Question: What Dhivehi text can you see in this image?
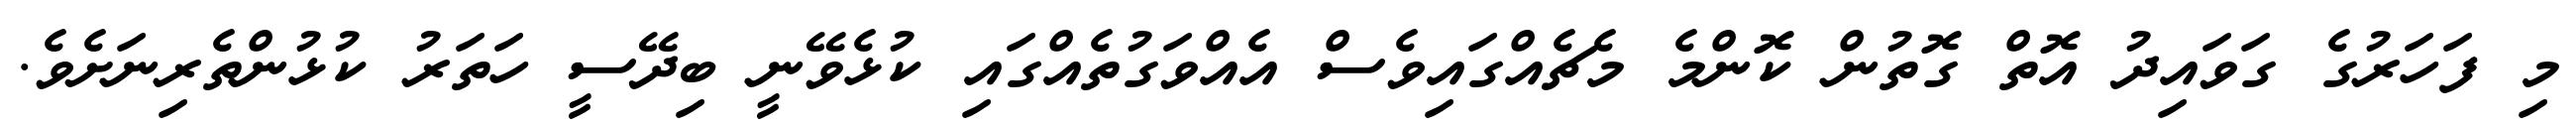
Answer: މި ފަހަރުގެ ގަވައިދު އޮތް ގޮތުން ކޮންމެ މެޗެއްގައިވެސް އެއްވަގުތެއްގައި ކުޅެވޭނީ ބިދޭސީ ހަތަރު ކުޅުންތެރިނަށެވެ.